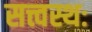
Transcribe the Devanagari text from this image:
सत्त्वस्थः